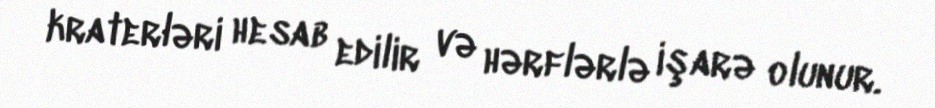
kraterləri hesab edilir və hərflərlə işarə olunur.